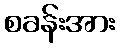
စခန်းအား